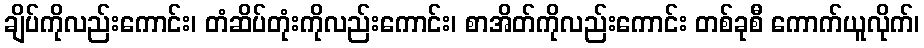
ချိပ်ကိုလည်းကောင်း၊ တံဆိပ်တုံးကိုလည်းကောင်း၊ စာအိတ်ကိုလည်းကောင်း တစ်ခုစီ ကောက်ယူလိုက်၊